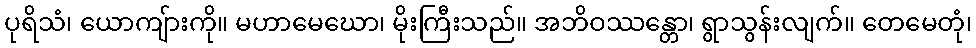
ပုရိသံ၊ ယောကျ်ားကို။ မဟာမေဃော၊ မိုးကြီးသည်။ အဘိဝဿန္တော၊ ရွာသွန်းလျက်။ တေမေတုံ၊